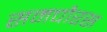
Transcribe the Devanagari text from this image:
समचौरस